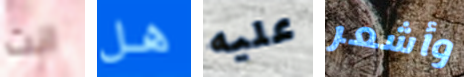
انت هل عليه وأشعر